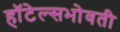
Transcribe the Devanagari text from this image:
हॉटेल्सभोवती